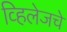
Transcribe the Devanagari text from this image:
व्हिलेजचे